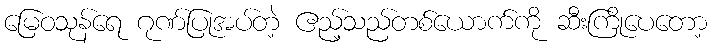
မြေဝသုန်ရေ ဂုဏ်ပြုအပ်တဲ့ ဧည့်သည်တစ်ယောက်ကို ဆီးကြိုပေတော့